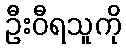
ဦးဝီရသူကို